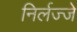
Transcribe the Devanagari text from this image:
निर्लज्जे